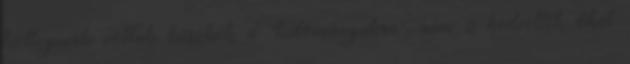
kolleginák voltak büszkék a "tudományukra", nem is kedvelték őket